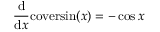
{ \frac { \mathrm { d } } { \mathrm { d } x } } \mathrm { c o v e r s i n } ( x ) = - \cos { x }